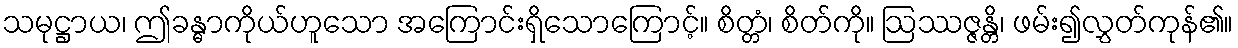
သမုဋ္ဌာယ၊ ဤခန္ဓာကိုယ်ဟူသော အကြောင်းရှိသောကြောင့်။ စိတ္တံ၊ စိတ်ကို။ ဩဿဇ္ဇန္တိ၊ ဖမ်း၍လွှတ်ကုန်၏။